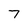
Character: 7